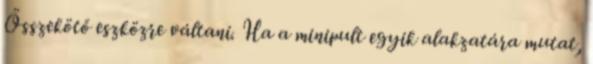
Összekötő eszközre váltani. Ha a minipult egyik alakzatára mutat,